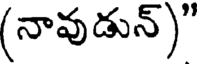
(నావుడున్)"